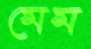
মেম